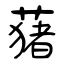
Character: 蕏